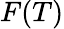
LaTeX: F(T)